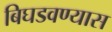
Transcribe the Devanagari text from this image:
बिघडवण्यास